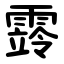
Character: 䨧